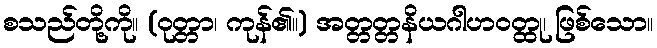
စသည်တို့ကို။ (ဝုတ္တာ၊ ကုန်၏။) အတ္တတ္တနိယဂါဟဝတ္ထု၊ ဖြစ်သော။